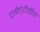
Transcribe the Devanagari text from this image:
एलोएंटीसीरा